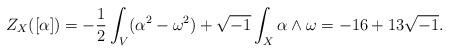
LaTeX: \begin{align*}Z_{X}([\alpha]) = -\frac{1}{2}\int_{V}(\alpha^{2}-\omega^{2})+\sqrt{-1}\int_{X}\alpha\wedge\omega= -16+13\sqrt{-1}.\end{align*}